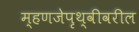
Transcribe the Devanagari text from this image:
म्हणजेपृथ्वीवरील